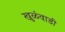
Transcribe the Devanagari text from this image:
खुळंवाडी